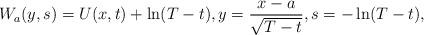
LaTeX: \begin{align*}W_a(y,s) = U(x,t) + \ln(T-t), y = \frac{x - a}{\sqrt{T-t}}, s = -\ln (T-t),\end{align*}